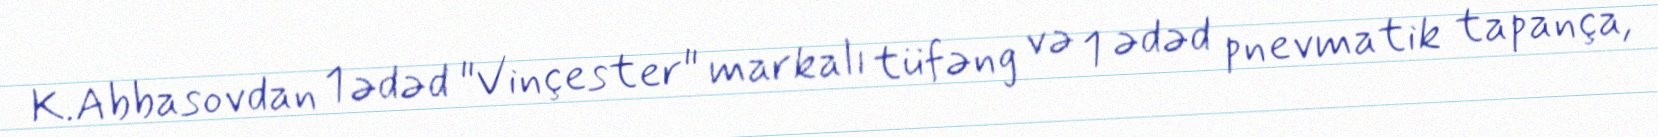
K.Abbasovdan 1 ədəd "Vinçester" markalı tüfəng və 1 ədəd pnevmatik tapança,